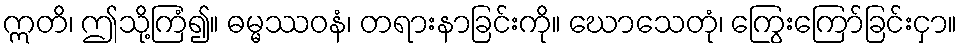
ဣတိ၊ ဤသို့ကြံ၍။ ဓမ္မဿဝနံ၊ တရားနာခြင်းကို။ ဃောသေတုံ၊ ကြွေးကြော်ခြင်းငှာ။